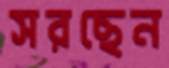
সরছেন